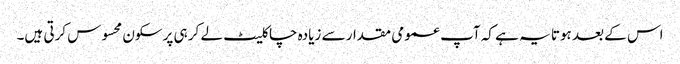
اس کے بعد ہوتا یہ ہے کہ آپ عمومی مقدار سے زیادہ چاکلیٹ لے کر ہی پرسکون محسوس کرتی ہیں۔